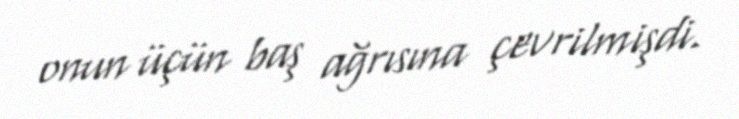
onun üçün baş ağrısına çevrilmişdi.